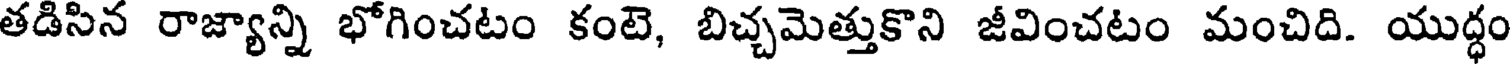
తడిసిన రాజ్యాన్ని భోగించటం కంటె, బిచ్చమెత్తుకొని జీవించటం మంచిది. యుద్ధం